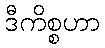
ဒီကိစ္စဟာ